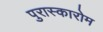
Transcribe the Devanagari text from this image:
पुरास्कारोम